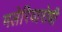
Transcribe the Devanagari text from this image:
मलेरियारोधी